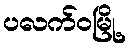
ပလက်ဝမြို့